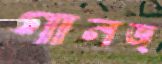
গানজ্